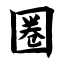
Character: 圈